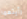
رأيتهما